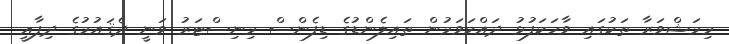
މިމަޝްވަރާ ތަކުގައި ވާހަކަފުޅު ދައްކަވަމުން ތައިލެންޑުގެ ޑިފެންސް މިނިސްޓަރު ވަނީ ދެޤައުމުގެ ދިފާޢީ